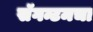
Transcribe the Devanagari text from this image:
सॅगन्टमचा